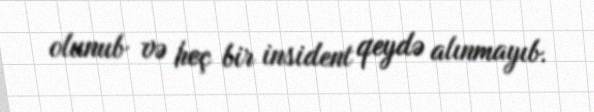
olunub və heç bir insident qeydə alınmayıb.